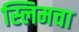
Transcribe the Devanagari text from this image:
स्लिमचा